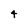
Character: 4